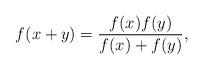
LaTeX: \begin{align*}f(x+y)=\frac{f(x)f(y)}{f(x)+f(y)},\end{align*}